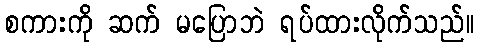
စကားကို ဆက် မပြောဘဲ ရပ်ထားလိုက်သည်။